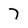
Character: 7